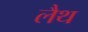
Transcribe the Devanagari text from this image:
लैथ